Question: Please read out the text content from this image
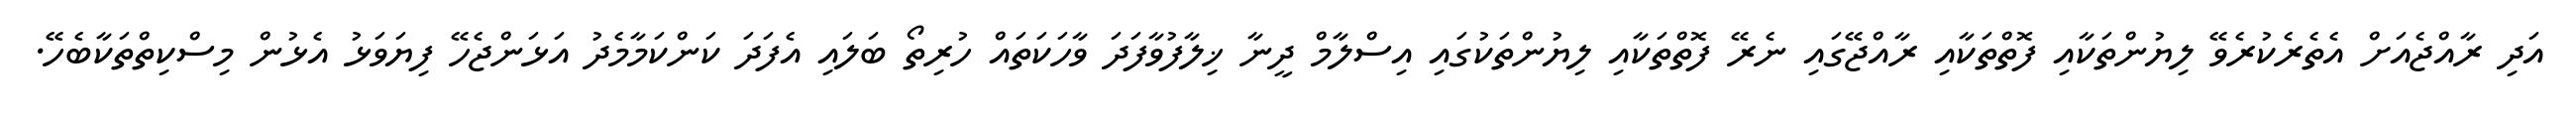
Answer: އަދި ރާއްޖެއަށް އެތެރެކުރެވޭ ލިޔުންތަކާއި ފޮތްތަކާއި ރާއްޖޭގައި ނެރޭ ފޮތްތަކާއި ލިޔުންތަކުގައި އިސްލާމް ދީނާ ޚިލާފުވާފަދަ ވާހަކަތައް ހުރިތޯ ބަލައި އެފަދަ ކަންކަމާމެދު އަޅަންޖެހޭ ފިޔަވަޅު އެޅުން މިސްކިތްތަކާބެހޭ.